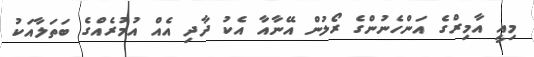
މިއީ އާމިރްގެ އަންހެނުންގެ ރޯލުން އޭނާއާ އެކު ދާދި އެއް އުމުރެއްގެ ބަތަލާއަކު